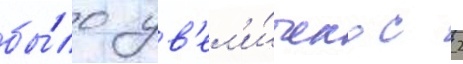
бы́ло ув'ел'и́чено с 2